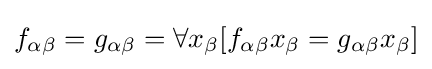
f_{\alpha \beta }=g_{\alpha \beta }=\forall x_{\beta }[f_{\alpha \beta }x_{\beta }=g_{\alpha \beta }x_{\beta }]